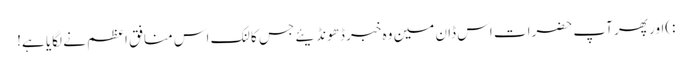
:)اور پھر آپ حضرات اس ڈان مین وہ خبر ڈھونڈیئے جس کا لنک اس منافق اعظم نے لگایا ہے!